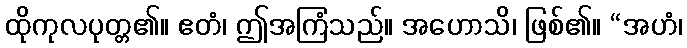
ထိုကုလပုတ္တ၏။ ဧတံ၊ ဤအကြံသည်။ အဟောသိ၊ ဖြစ်၏။ “အဟံ၊